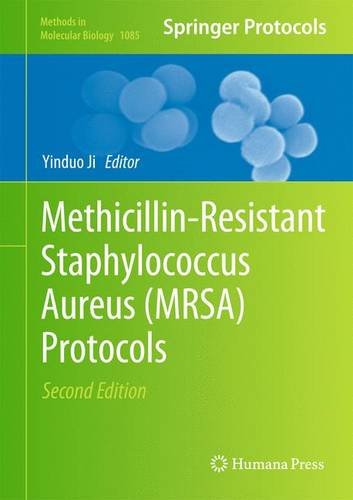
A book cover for Methicillin-Resistant Staphylococcus Aureus (MRSA) Protocols (Methods in Molecular Biology); Medical Books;